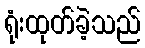
ရုံးထုတ်ခဲ့သည်